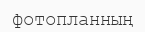
фотопланның